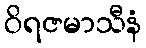
ဝိရဇမာသီနံ